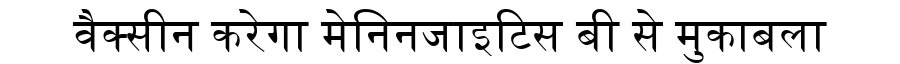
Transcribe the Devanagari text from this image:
वैक्सीन करेगा मेनिनजाइटिस बी से मुकाबला